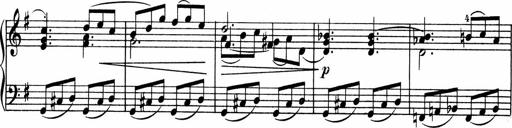
Title: 3 Sonatinen fÃ¼r Pianoforte
Composer: Fritz von Bose